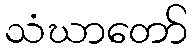
သံဃာတော်